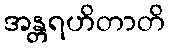
အန္တရဟိတာတိ